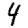
Digit: 4